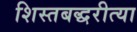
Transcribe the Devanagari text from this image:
शिस्तबद्धरीत्या